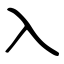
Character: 入